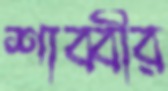
শাব্বীর